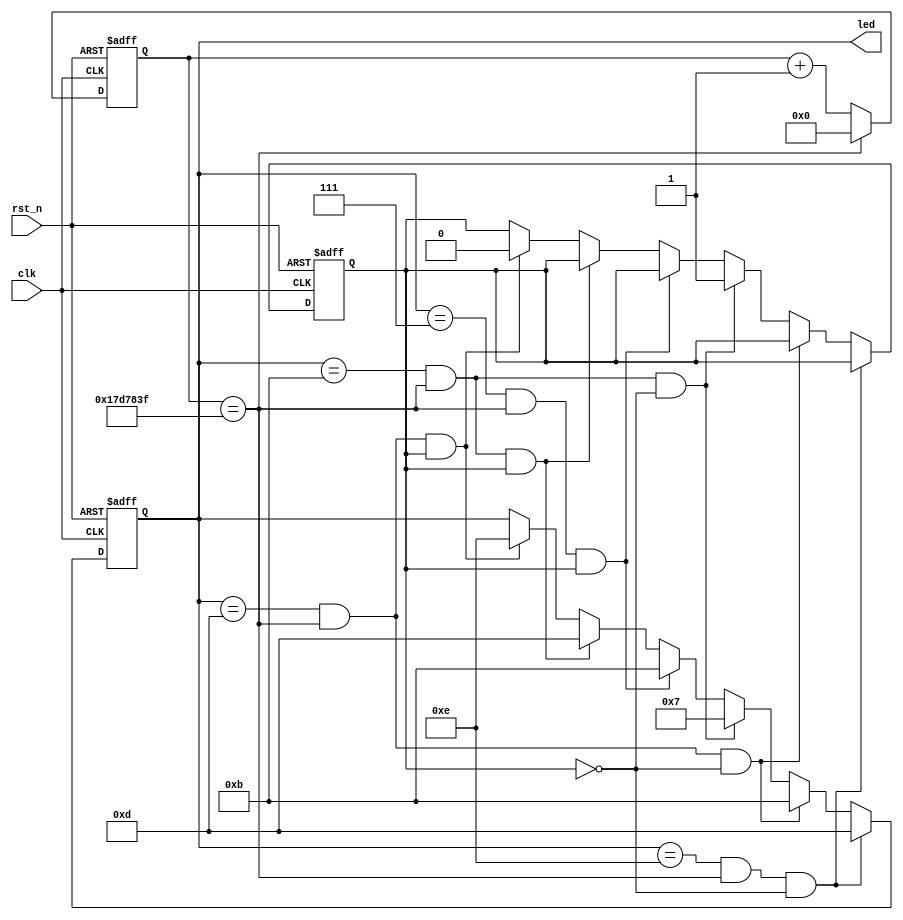


module cnt_led
  #(
     parameter	CNT_MAX=26'd24_999_999
   )
   (
     input	wire	clk,
     input	wire	rst_n,
     output	reg[3:0]	led
   );

  reg[25:0]	cnt_1s;
  reg	flag;
  always@(posedge	clk	or	negedge	rst_n)

    if(rst_n==0)
      cnt_1s<=26'd0;
    else	if(cnt_1s==CNT_MAX)
      cnt_1s<=26'd0;
  else
    cnt_1s<=cnt_1s+1'b1;
  always@(posedge	clk	or	negedge	rst_n)
    if(rst_n==0)
    begin
      flag<=0;
      led <= 4'b1110 ;
    end
    else	if(led==4'b1110&&cnt_1s==CNT_MAX&&flag==0)
      led <= 4'b1101;
  else	if(led==4'b1101&&cnt_1s==CNT_MAX&&flag==0)
    led <= 4'b1011;
  else	if(led==4'b1011&&cnt_1s==CNT_MAX&&flag==0)
  begin
    led <= 4'b0111;
    flag=1;
  end
  else	if(led==4'b0111&&cnt_1s==CNT_MAX&&flag==1)
    led <= 4'b1011;
  else	if(led==4'b1011&&cnt_1s==CNT_MAX&&flag==1)
    led <= 4'b1101;
  else	if(led==4'b1101&&cnt_1s==CNT_MAX&&flag==1)
  begin
    led <= 4'b1110;
    flag=0;
  end
  else
    led <=led;
endmodule